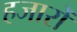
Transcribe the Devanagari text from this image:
हजारोँ